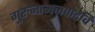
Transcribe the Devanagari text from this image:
गुरुनामजपाद्देवि